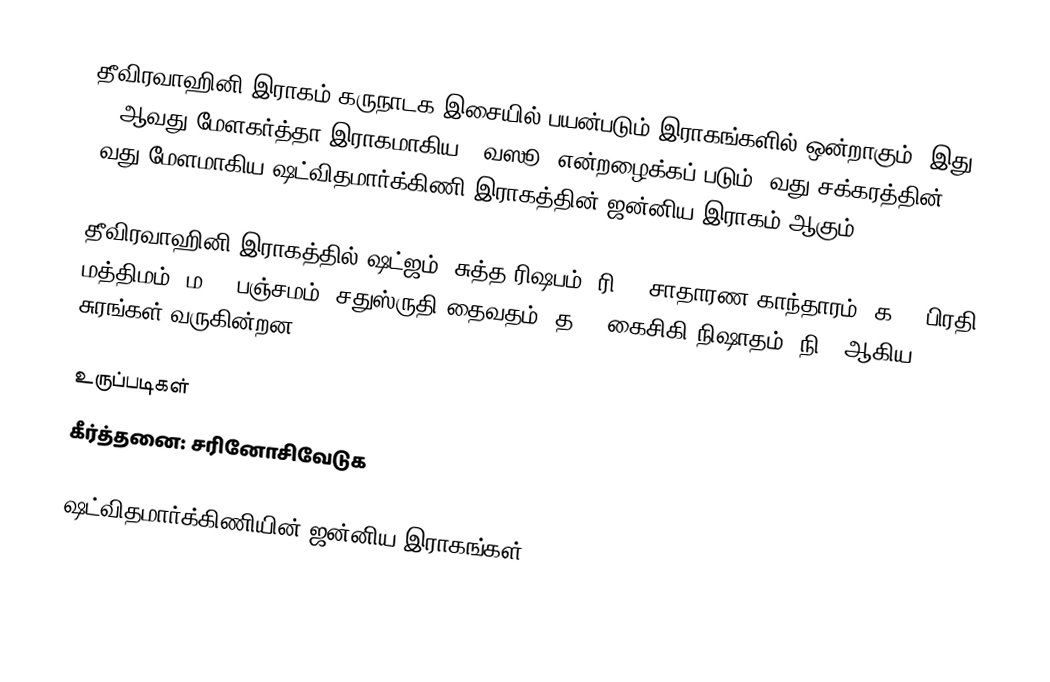
தீவிரவாஹினி இராகம் கருநாடக இசையில் பயன்படும் இராகங்களில் ஒன்றாகும். இது 46 ஆவது மேளகர்த்தா இராகமாகிய, "வஸூ" என்றழைக்கப் படும் 8வது சக்கரத்தின் 4வது மேளமாகிய ஷட்விதமார்க்கிணி இராகத்தின் ஜன்னிய இராகம் ஆகும்.

தீவிரவாஹினி இராகத்தில் ஷட்ஜம், சுத்த ரிஷபம் (ரி1), சாதாரண காந்தாரம் (க2), பிரதி மத்திமம் (ம2), பஞ்சமம், சதுஸ்ருதி தைவதம் (த2,) கைசிகி நிஷாதம் (நி2) ஆகிய சுரங்கள் வருகின்றன.

உருப்படிகள்
 கீர்த்தனை: சரினோசிவேடுக

ஷட்விதமார்க்கிணியின் ஜன்னிய இராகங்கள்